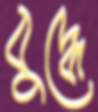
বুদ্ধে